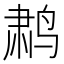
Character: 鹔